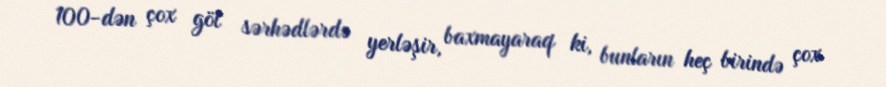
100-dən çox göl sərhədlərdə yerləşir, baxmayaraq ki, bunların heç birində çox